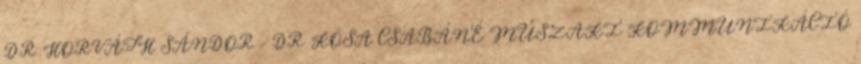
DR. HORVÁTH SÁNDOR – DR. KÓSA CSABÁNÉ MŰSZAKI KOMMUNIKÁCIÓ